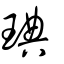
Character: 琠